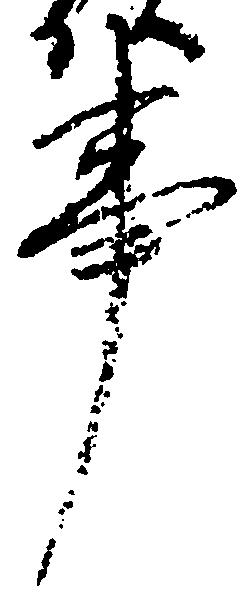
事